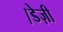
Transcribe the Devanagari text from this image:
।डेज़ी